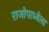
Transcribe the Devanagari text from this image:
राजोपाध्येला